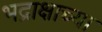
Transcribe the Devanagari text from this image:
भद्राक्षाच्या